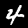
Label: 4